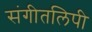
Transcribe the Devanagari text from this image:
संगीतलिपी